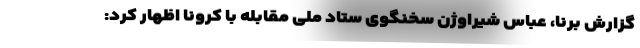
گزارش برنا، عباس شیراوژن سخنگوی ستاد ملی مقابله با کرونا اظهار کرد: